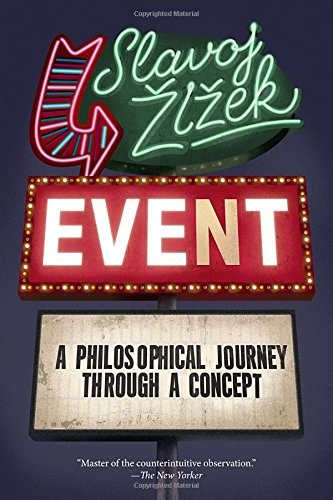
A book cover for Event: A Philosophical Journey Through A Concept; Slavoj Zizek; Politics & Social Sciences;